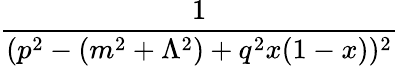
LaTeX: {\frac{1}{(p^{2}-(m^{2}+\Lambda^{2})+q^{2}x(1-x))^{2}}}